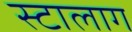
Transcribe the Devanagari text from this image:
स्टालाग